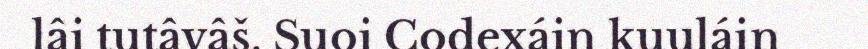
lâi tutâvâš. Suoi Codexáin kuuláin